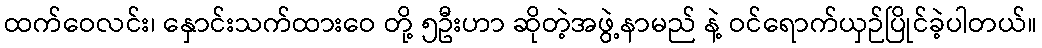
ထက်ဝေလင်း၊ နှောင်းသက်ထားဝေ တို့ ၅ဦးဟာ ဆိုတဲ့အဖွဲ့နာမည် နဲ့ ဝင်ရောက်ယှဉ်ပြိုင်ခဲ့ပါတယ်။